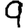
Digit: 9